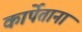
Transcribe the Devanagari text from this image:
कार्पेताना